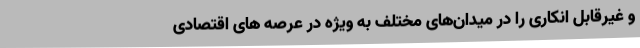
و غیرقابل انکاری را در میدان‌های مختلف به ویژه در عرصه های اقتصادی